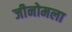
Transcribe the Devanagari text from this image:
जीनोमला